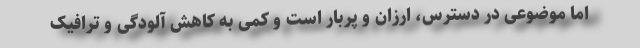
اما موضوعی در دسترس، ارزان و پربار است و کمی به کاهش آلودگی و ترافیک